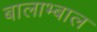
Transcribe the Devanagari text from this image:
बालाभ्बाल